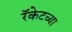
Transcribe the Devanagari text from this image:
रॅकेटच्या